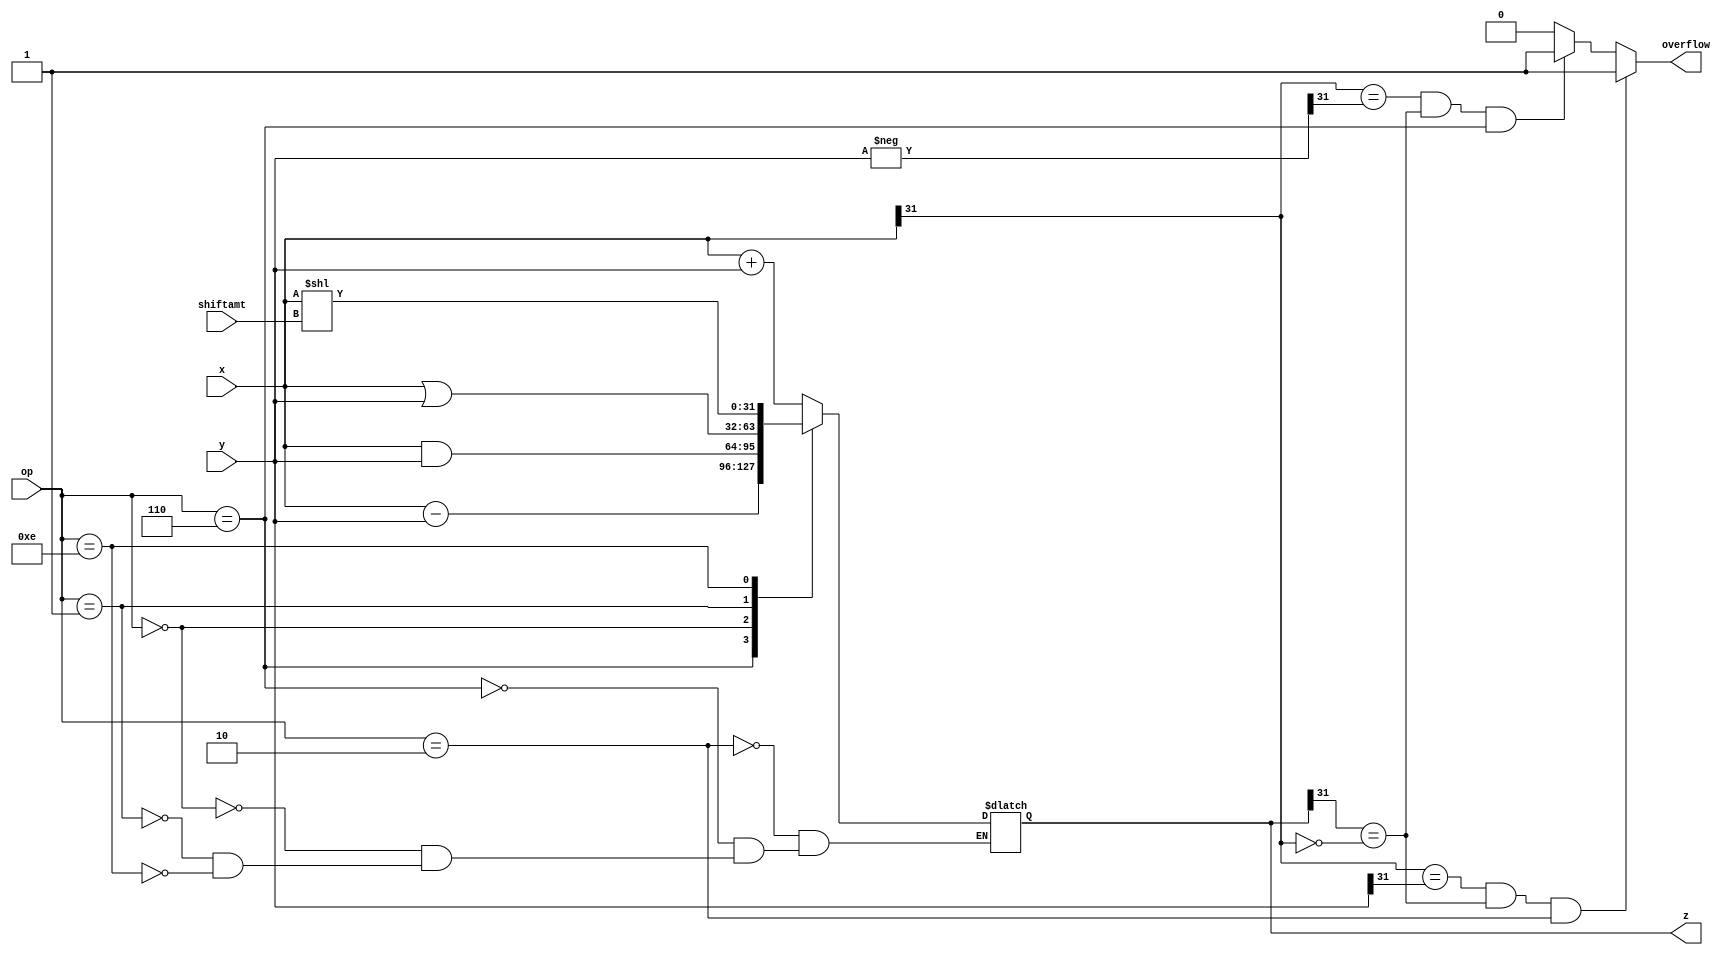
module alu (op, x, y,z, shiftamt,overflow);
	input [3:0] op; //4 bits coming from alu control 
	input signed [31:0] x,y; // input 1 and input 2 
	input [4:0] shiftamt; // instruction bits [10:6]
	output reg [31:0] z; // alu output 
	output reg overflow;
	
	wire[31:0] ynegated;
	assign ynegated = -y;
	initial
	overflow=0;
	always@(*)
	begin	
	
	case (op)

	4'b0010:z <=x+y;
	4'b0110:z <=x-y;
	4'b0000:z <=x&y;
	4'b0001:z <=x|y; 
	4'b1110:z <=x<<shiftamt;
	//4'd5:z <=x>>shiftamt;
	//4'd6:z <=(x>>>shiftamt); //arithmetic
	//4'd7: z=(x>y? x:y);
	//4'd8:z=(x<y? x:y);

	endcase 
	if (  (x[31]==y[31]) && (z[31]==~x[31]) && op==4'b0010 )
	begin
	overflow<=1;
	end
	else if(  (x[31]==ynegated[31])  &&  (z[31]==~x[31]) && op==4'b0110 )
	begin
	overflow<=1;
	end
	else
	begin
	overflow<=0;
	end
	end
/*always @*
begin
if(op==6)
begin
z= x>>>shiftamt;
end
end*/
	

endmodule